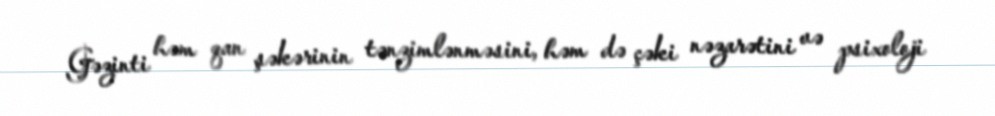
Gəzinti həm qan şəkərinin tənzimlənməsini, həm də çəki nəzarətini və psixoloji